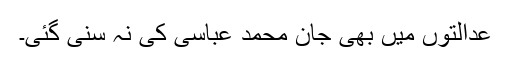
عدالتوں میں بھی جان محمد عباسی کی نہ سنی گئی۔